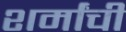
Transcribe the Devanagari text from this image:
शर्मांची